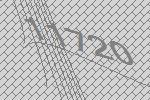
11720